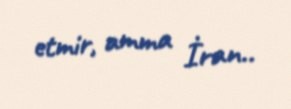
etmir, amma İran..